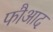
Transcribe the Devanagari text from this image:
फौआद